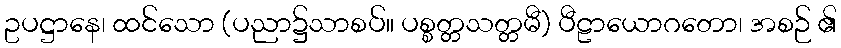
ဥပဋ္ဌာနေ၊ ထင်သော (ပညာ၌သာစပ်။ ပစ္စတ္တသတ္တမီ) ပီဠာယောဂတော၊ အစဉ် ၏